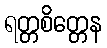
ရတ္တစိတ္တေန